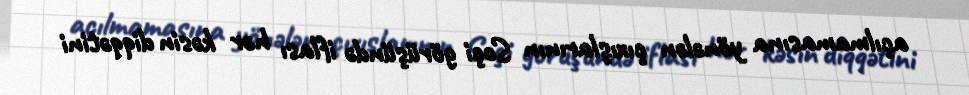
açılmamasına yönələn çıxışlarının Soçi görüşündə iflası hər kəsin diqqətini